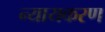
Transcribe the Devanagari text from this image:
न्यायकरण